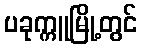
ပခုက္ကူမြို့တွင်